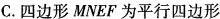
C.四边形MNEF为平行四边形